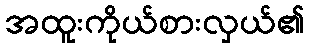
အထူးကိုယ်စားလှယ်၏